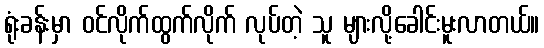
ရုံးခန်းမှာ ဝင်လိုက်ထွက်လိုက် လုပ်တဲ့ သူ များလို့ခေါင်းမူးလာတယ်။